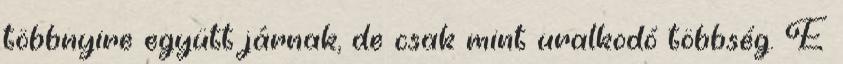
többnyire együtt járnak, de csak mint uralkodó többség. E